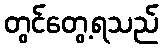
တွင်တွေ့ရသည်